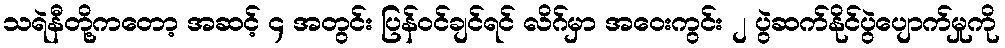
သရဲနီတို့ကတော့ အဆင့် ၄ အတွင်း ပြန်ဝင်ချင်ရင် လိဂ်မှာ အဝေးကွင်း ၂ ပွဲဆက်နိုင်ပွဲပျောက်မှုကို